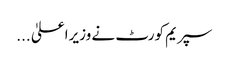
سپریم کورٹ نے وزیراعلیٰ ...